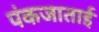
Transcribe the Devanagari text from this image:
पंकजाताई